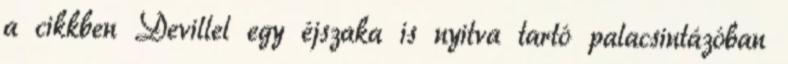
a cikkben Devillel egy éjszaka is nyitva tartó palacsintázóban